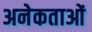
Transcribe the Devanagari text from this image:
अनेकताओं